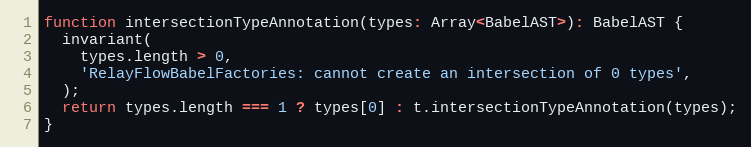
Language: JavaScript
function intersectionTypeAnnotation(types: Array<BabelAST>): BabelAST {
  invariant(
    types.length > 0,
    'RelayFlowBabelFactories: cannot create an intersection of 0 types',
  );
  return types.length === 1 ? types[0] : t.intersectionTypeAnnotation(types);
}